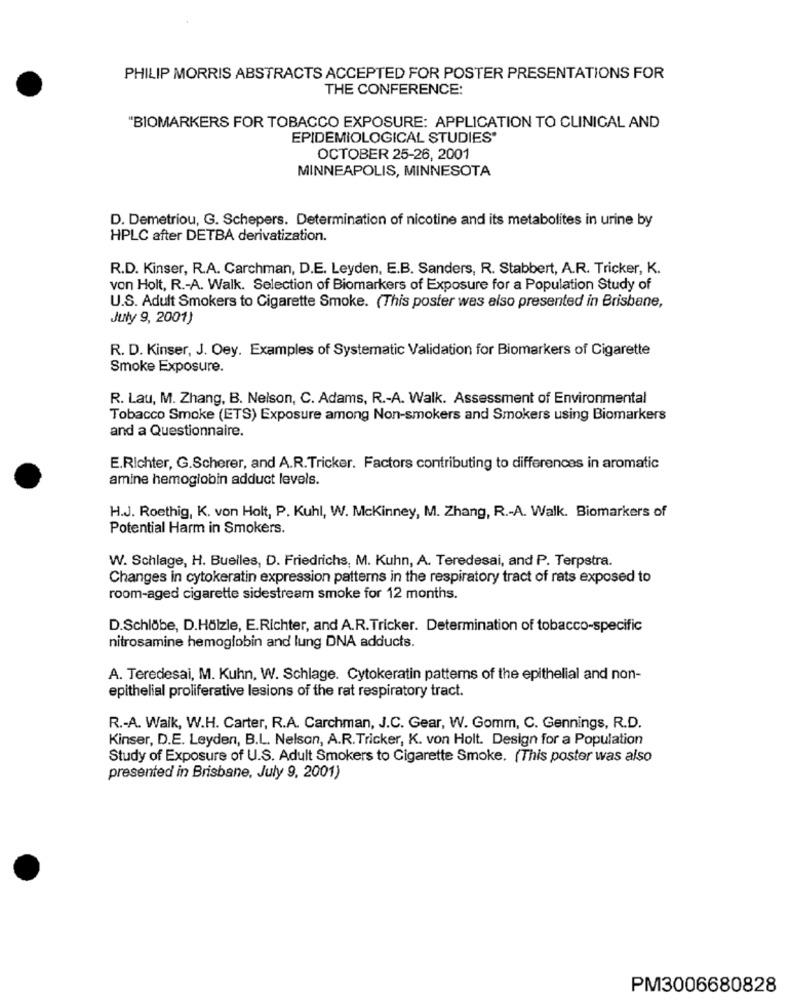
PHILIP MORRIS ABSTRACTS ACCEPTED FOR POSTER PRESENTATIONS FOR
THE CONFERENCE:
"BIOMARKERS FOR TOBACCO EXPOSURE: APPLICATION TO CLINICAL AND
EPIDEMIOLOGICAL STUDIES'
OCTOBER 25-26, 2001
MINNEAPOLIS, MINNESOTA
D. Demetriou, G. Schepers. Determination of nicotine and its metabolites in urine by
HPLC after DETBA derivatization.
R.D. Kinser, R.A. Carchman, D.E. Leyden, E.B. Sanders, R. Stabbert, A.R. Tricker, K.
von Holt, R .- A. Walk. Selection of Biomarkers of Exposure for a Population Study of
U.S. Adult Smokers to Cigarette Smoke. (This poster wes also presented in Brisbane,
July 9, 2001)
R. D. Kinser, J. Oey. Examples of Systematic Validation for Biomarkers of Cigarette
Smoke Exposure.
R. Lau, M. Zhang, B. Nelson, C. Adams, R .- A. Walk. Assessment of Environmental
Tobacco Smoke (ETS) Exposure among Non-smokers and Smokers using Biomarkers
and a Questionnaire.
E.Richter, G.Scherer, and A.R.Tricker. Factors contributing to differences in aromatic
amine hemoglobin adduct levels.
H.J. Roethig, K. von Holt, P. Kuhl, W. Mckinney, M. Zhang, R .- A. Walk. Biomarkers of
Potential Harm in Smokers.
W. Schlage, H. Buelles, D. Friedrichs, M. Kuhn, A. Teredesai, and P. Terpstra.
Changes in cytokeratin expression patterns in the respiratory tract of rats exposed to
room-aged cigarette sidestream smoke for 12 months.
D.Schlöbe, D.Hölzle, E.Richter, and A.R.Tricker. Determination of tobacco-specific
nitrosamine hemoglobin and lung DNA adducts.
A. Teredesai, M. Kuhn, W. Schlage. Cytokeratin patterns of the epithelial and non-
epithelial proliferative lesions of the rat respiratory tract.
R .- A. Walk, W.H. Carter, R.A. Carchman, J.C. Gear, W. Gomm, C. Gennings, R.D.
Kinser, D.E. Leyden, B.L. Nelson, A.R.Tricker, K. von Holt. Design for a Population
Study of Exposure of U.S. Adult Smokers to Cigarette Smoke. (This poster was also
presented in Brisbane, July 9, 2001)
PM3006680828